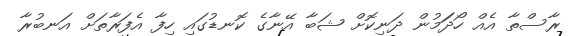
ރާސްތާ އެއް ހޯދަަމުން ދަނިކޮށް ޝަބާ އޭނާގެ ކޮނޑުގައި ހިފާ އެފަރާތަށް އަނބުރާ